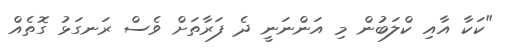
"ކަކާ އާއި ކްލަބުން މި އަންނަނީ ދެ ފަރާތަށް ވެސް ރަނގަޅު ގޮތެއް